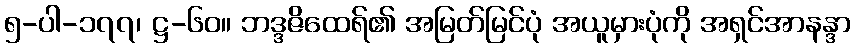
၅-ပါ-၁၇၇၊ ဋ္ဌ-၆၀။ ဘဒ္ဒဇိထေရ်၏ အမြတ်မြင်ပုံ အယူမှားပုံကို အရှင်အာနန္ဒာ